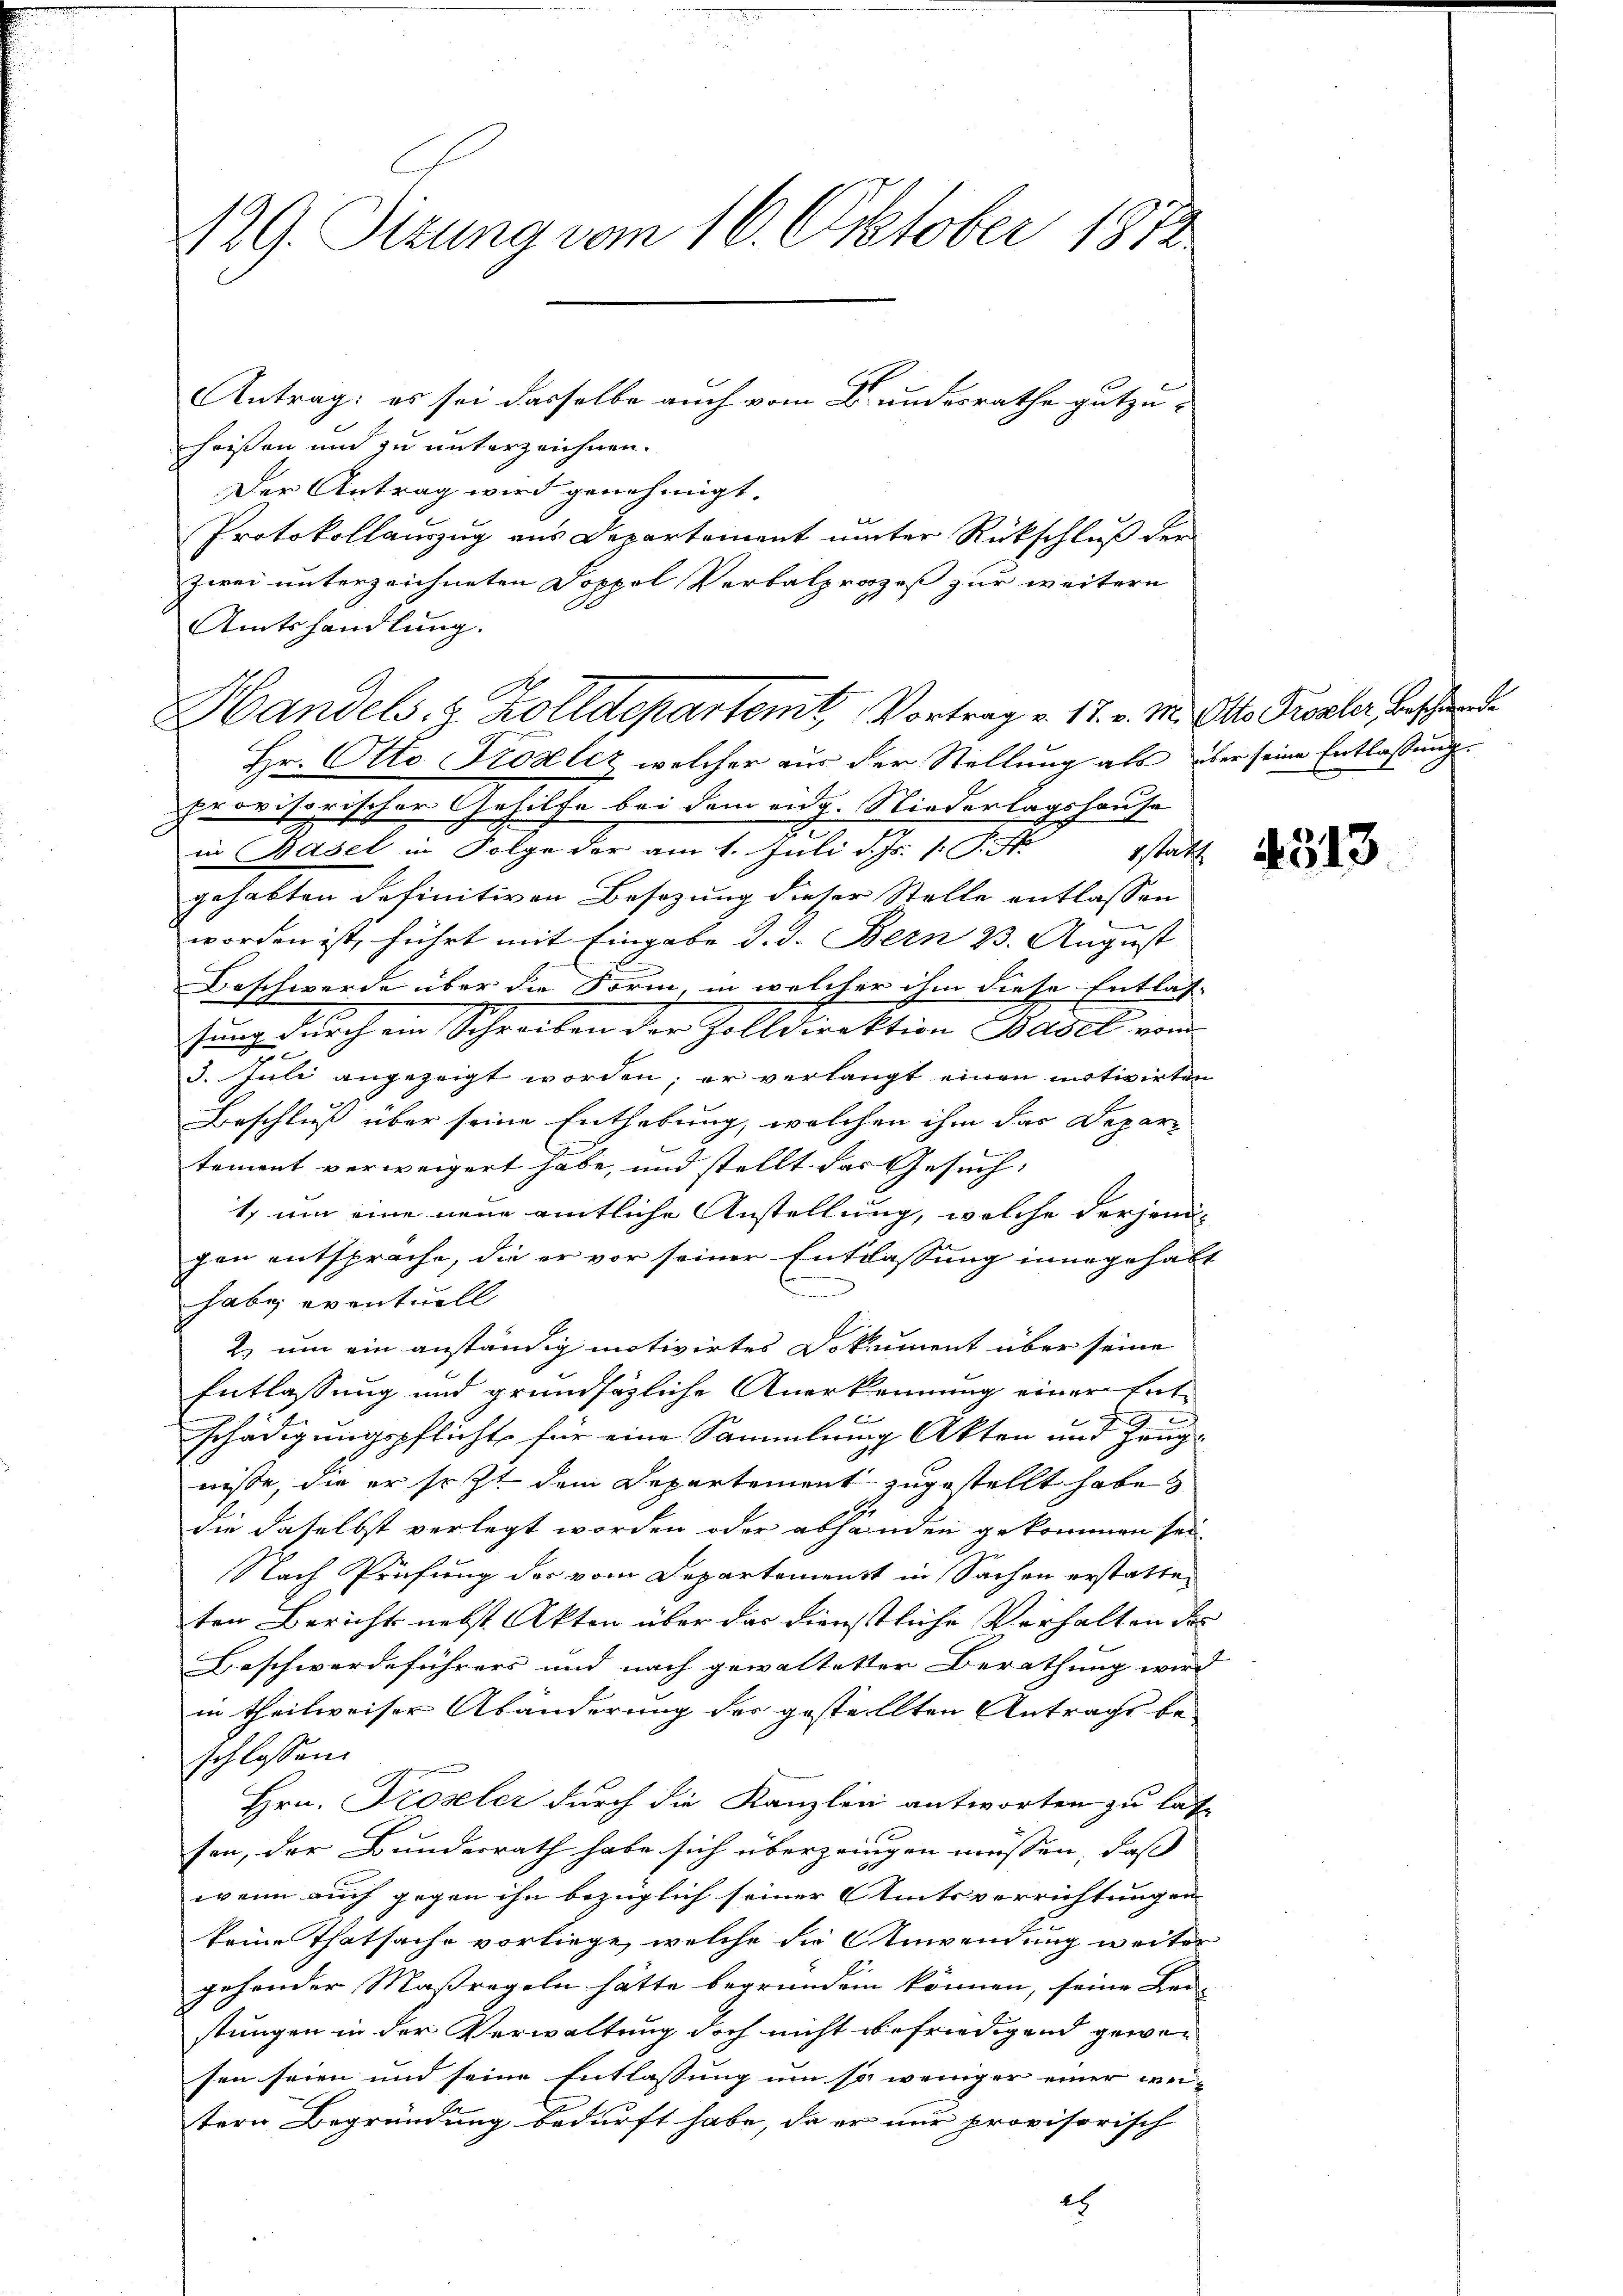
129. Sizung vom 16. Oktober 1872

heißen und zu unterzeichnen.
Der Antrag wird genehmigt.
Protokollauszug aus Departement unter Rückschluß der
zwei unterzeichneten Doppel Verbalprozeß zur weitern
Hr. Otto Krozliz, welcher aus der Stellung als über seine Entlassung
provisorischer Gehilfe bei dem eidg. Niederlagshause
in Basel in Folge der am 1. Juli d. Js. v. J.
statt
gehabten definitiven Besetzung dieser Stelle entlassen
worden ist, führt mit Eingabe d. d. Bern 23. August
Beschwerde über die Form, in welcher ihm diese Entlas-
sung durch ein Schreiben der Zolldirektion Basel von
3. Juli angezeigt worden; er verlangt einen motivirten
Beschluß über seine Enthebung, welchen ihm das Departement verweigert habe, und stellt das Gesuch:
1 um eine neue amtliche Anstellung, welche derjenigen entspreche, die er vor seiner Entlassung innegehabt
habe eventuell
2.) um ein anständig motivirtes Dokument über seine
Entlassung und grundsätzliche Anerkennung einer Ent-
A
u
schädigungspflicht für eine Sammlung Akten und Zeugnisse, die er so zt dem Departement zugestellt habe?
die daselbst verlegt worden oder abhänden gekommen sei
Nach Prüfung der vom Departement in Sachen erstatten
ten Bericht nebst Akten über das Dienstliche Verhalten des
Beschwerdeführers und nach gewalteter Berathung wird
in theilweiser Abänderung der gestellten Antrags beschlossen:
Hrn. Proseler durch die Kanzlei antworten zu lasse
sen, der Bundesrath habe sich überzeigen müssen, daß
wenn auch gegen ihn bezüglich seiner Amtsverrichtungen
keine Thatsache vorliege, welche die Anwendung weiter
gehender Maßregeln hätte begründen können, seine Bei-
stungen in der Verwaltung doch nicht befriedigend gewesen seien und seine Entlassung um so weniger einer weitern Begründung bedurft habe, da er nur provisorisch
es

Antrag: es sei dasselbe auch vom Bunderrathe gutzu-

Amtshandlung.
A
Handels- & Zolldepartemt, Vortrag v. 17. v. M. Als Probler Beschied

4313.